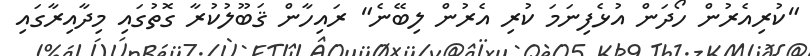
"ކުރިއެރުން ހޯދަން އުޅެފިނަމަ ކުރި އެރުން ލިބޭނެ" ރައިހާން ޤަބޫލުކުރާ ގޮތުގައި މިދާއިރާގައި